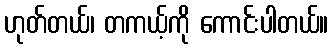
ဟုတ်တယ်၊ တကယ့်ကို ကောင်းပါတယ်။